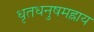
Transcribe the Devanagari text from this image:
धृतधनुषमह्नाय